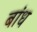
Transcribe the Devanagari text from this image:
बांध्‍ा